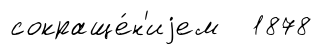
сокраще́н'иjем 1878